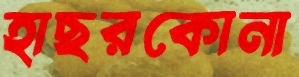
হাছরকোনা